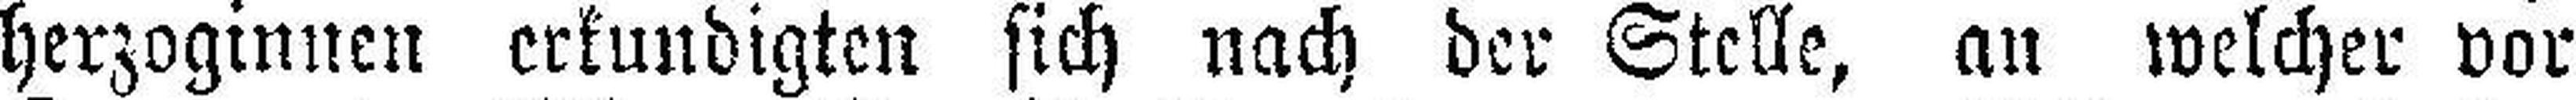
herzoginnen erkundigten sich nach der Stelle, an welcher vor